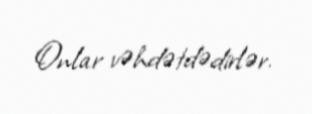
Onlar vəhdətdədirlər.